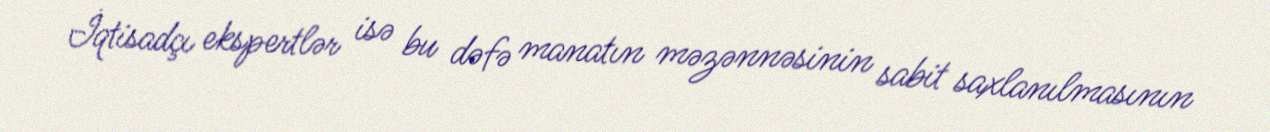
İqtisadçı ekspertlər isə bu dəfə manatın məzənnəsinin sabit saxlanılmasının